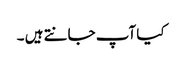
کیا آپ جانتے ہیں ۔